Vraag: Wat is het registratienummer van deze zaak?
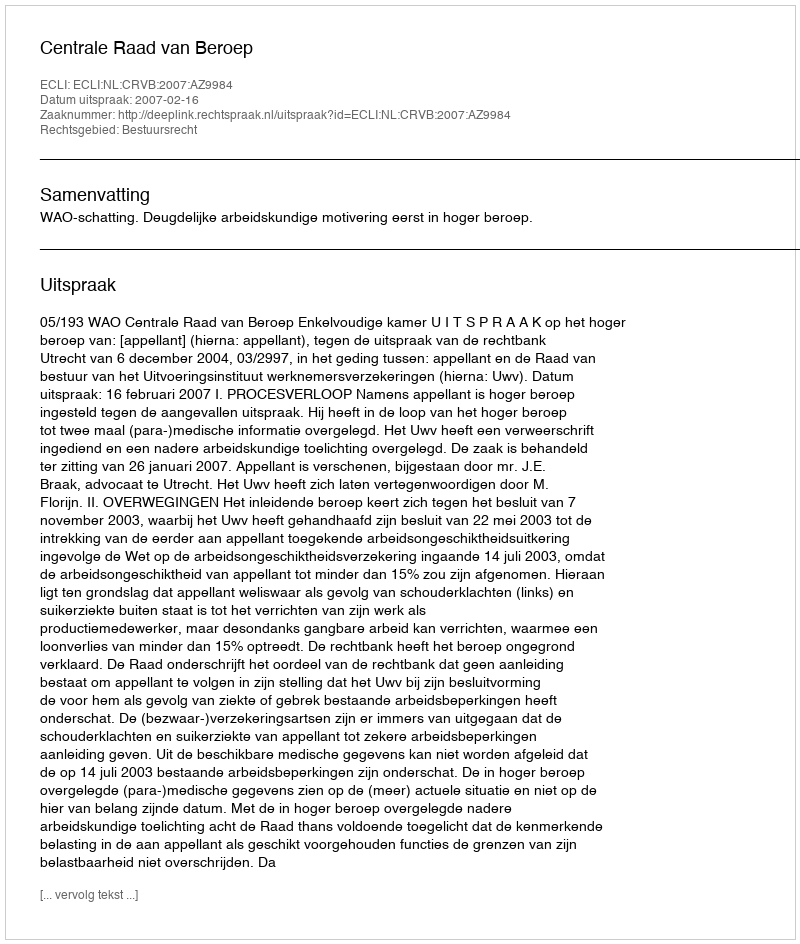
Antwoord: http://deeplink.rechtspraak.nl/uitspraak?id=ECLI:NL:CRVB:2007:AZ9984